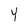
Character: Y